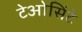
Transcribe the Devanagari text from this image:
टेओसिंटे